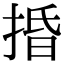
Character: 捪